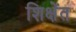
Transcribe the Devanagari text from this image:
शिक्षेंत